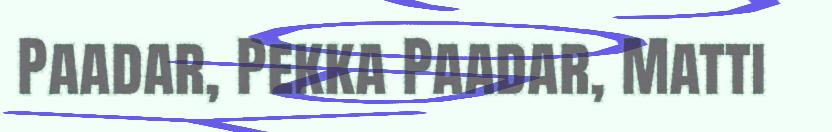
Paadar, Pekka Paadar, Matti